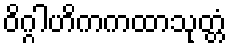
ဝိဂ္ဂါဟိကကထာသုတ္တံ